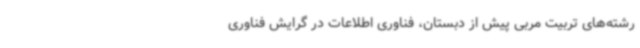
رشته‌های تربیت مربی پیش از دبستان، فناوری اطلاعات در گرایش فناوری